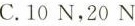
C.10N，20N(第5题)